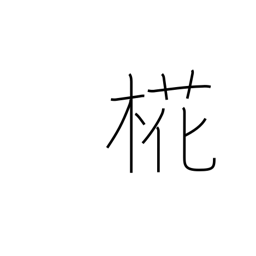
Meaning: birch